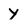
Character: y